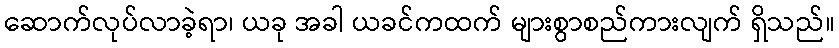
ဆောက်လုပ်လာခဲ့ရာ၊ ယခု အခါ ယခင်ကထက် များစွာစည်ကားလျက် ရှိသည်။